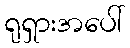
ရုရှားအပေါ်